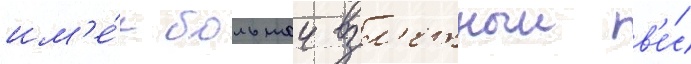
им'е́л большои взл'етныи в'е́с